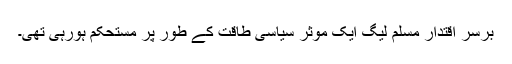
برسرِ اقتدار مسلم لیگ ایک مؤثر سیاسی طاقت کے طور پر مستحکم ہورہی تھی۔